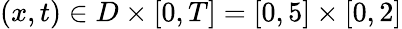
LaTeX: (x,t)\in D\times[0,T]=[0,5]\times[0,2]